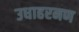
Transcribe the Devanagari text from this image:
उधाहरनण